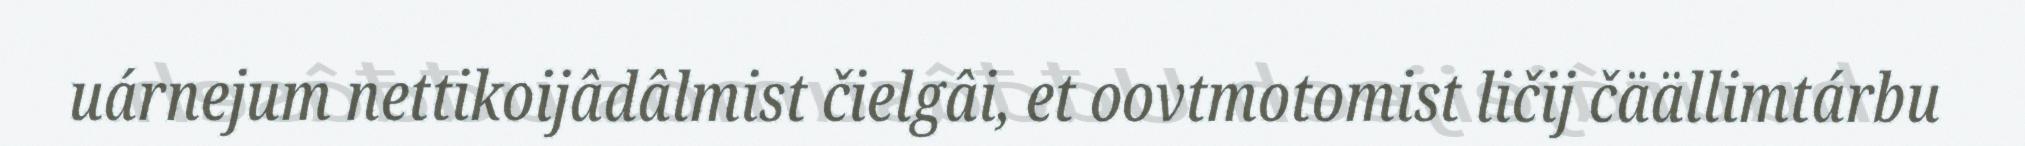
uárnejum nettikoijâdâlmist čielgâi, et oovtmotomist ličij čäällimtárbu